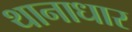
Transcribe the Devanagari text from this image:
थानाधार